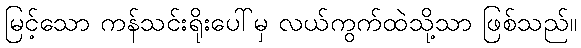
မြင့်သော ကန်သင်းရိုးပေါ်မှ လယ်ကွက်ထဲသို့သာ ဖြစ်သည်။